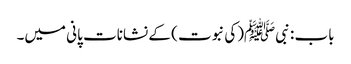
باب : نبیﷺ(کی نبوت ) کے نشانات پانی میں۔